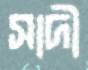
সাদী